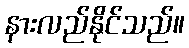
နားလည်နိုင်သည်။